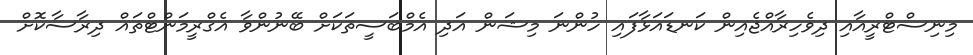
މިނިސްޓްރީއާއި ދިވެހިރާއްޖެއިން ކަނޑައަޅާފައި ހުންނަ މިޝަން އަދި އެމްބަސީތަކަށް ބޭނުންވާ އެގްރީމަންޓްތައް ދިރާސާކޮށް